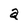
Character: a